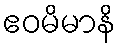
ဧဝမိမာနိ